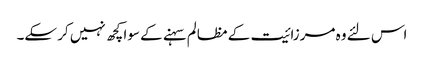
اس لئے وہ مرزائیت کے مظالم سہنے کے سوا کچھ نہیں کر سکے۔